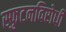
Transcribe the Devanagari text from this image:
स्‍फुटनविरोधी